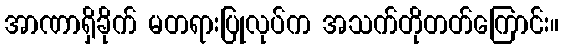
အာဏာရှိခိုက် မတရားပြုလုပ်က အသက်တိုတတ်ကြောင်း။